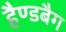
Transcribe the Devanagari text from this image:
हैण्डबैग